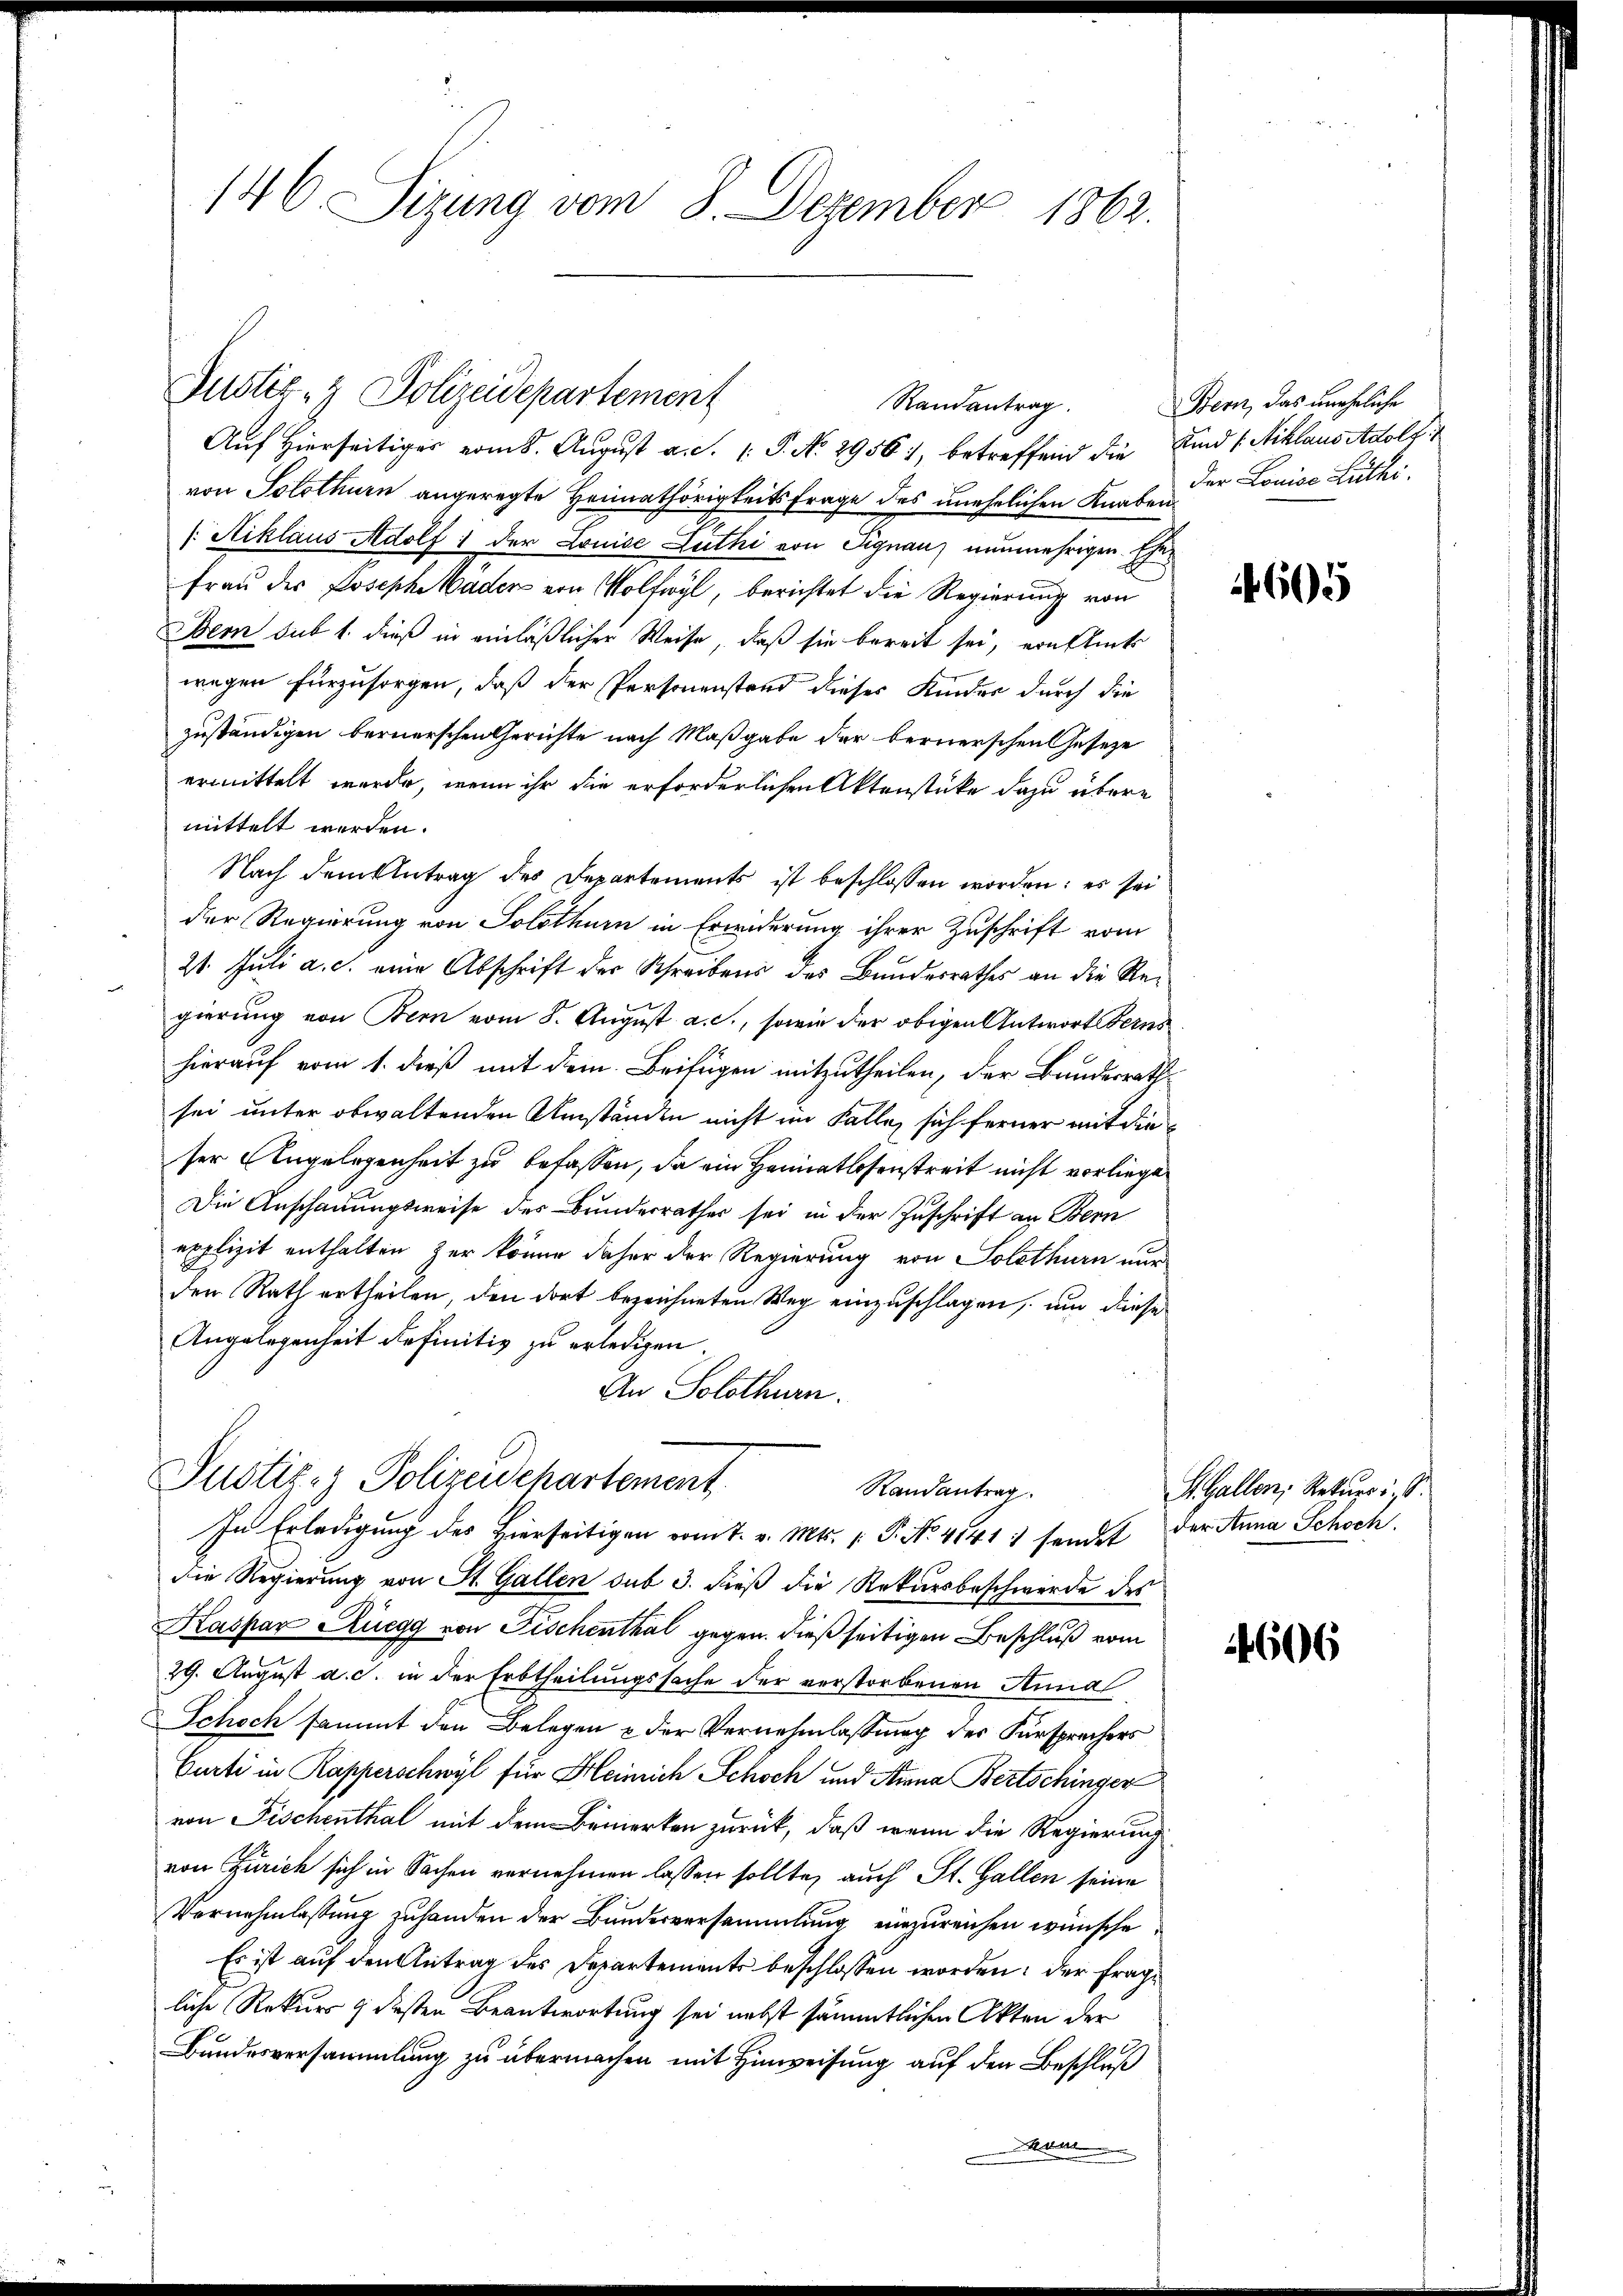
146. Sizung vom 8. Dezember 1862.

Auf Hierseitiger vom 8. August a. S. 1: P. No. 2956, betreffend die Kind /: Miklaus Adolf
von Solothurn angeregte Heimathörigkeits frage des unehelichen Knaben
/: Niklaus Adolf der Louise Luthi von Signau nunmehrigen Eher
Frau der Joseph Maders von Volfwyl, berichtet die Regierung von
Bern sub 1. dieß in einläßlicher Weise, daß sie bereit sei, ernstück
wegen fürzusorgen, daß der Personenstand dieses Kinder durch die
zuständigen bernerschen Gerichte nach Maßgabe der bernerschen Geseze
ermittelt werde, wenn ihr die erforderlichen Aktenstücke dazu übere
mittelt werden.
Nach dem Antrag des Departements ist beschlossen worden: es sei
der Regierung von Solothurn in Erwiderung ihrer Zuschrift vom
21. Juli a. c. eine Abschrift der Schreibens des Bundesrathes an die Regierung von Bern vom 8. August a. c., sowie der obigen Antwortberns
hierauf vom 1. dieß mit dem Beifügen mitzutheilen, der Bundesrath
sei unter obwaltenden Umständen nicht im Falle, sich ferner mit dieser Angelegenheit zu befassen, da ein Heimatlosenstreit nicht vorliege
Die Anschauungsweise des Bunderrathes sei in der Zuschrift an Bern
epplizit enthalten zur könne daher der Regierung von Solothurn nur
den Rath ertheilen, den dort bezeichneten Weg einzuschlagen, und diese
Angelegenheit definitiv zu erledigen.
An Solothurn.
Justiz- & Polizeidepartement
Randantrag.
In Erledigung des Hierseitigen vom 7. v. Mts. P. No. 4141 sendet der Anna Schoch.
die Regierung von St. Gallen sub 3. dieß die Rekursbeschwerde des
Kaspar Ruegg von Fischenthal gegen dießseitigen Beschluß vom
29. August a. c. in der Erbtheilungssache der verstorbenen Annal
Schoch sammt den Belegen & der Vernehmlassung des Fürsprechers
Curti in Kapperschwyl für Heinrich Schoch und Anna Bertschinger
von Fischenthal mit dem Bemerken zurück, daß wenn die Regierung
von Zürich sich in Sachen vernehmen lassen sollte, auch St. Gallen seine
Vernehmlassung zuhanden der Bundesversammlung einzureichen wünsche
Es ist auf den Antrag des Departements beschlossen worden: der Frage
liche Rekurs & dessen Beantwortung sei nebst sämmtlichen Akten der
Bundesversammlung zu übermachen mit Hinweisung auf den Beschluß
Mater

Justiz- & Polizeidepartement
Randantrag.

Bern, das uneheliche
der Louise Lüthi

605

S. Gallen, Rekurri, S

606